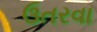
ઉતરવા